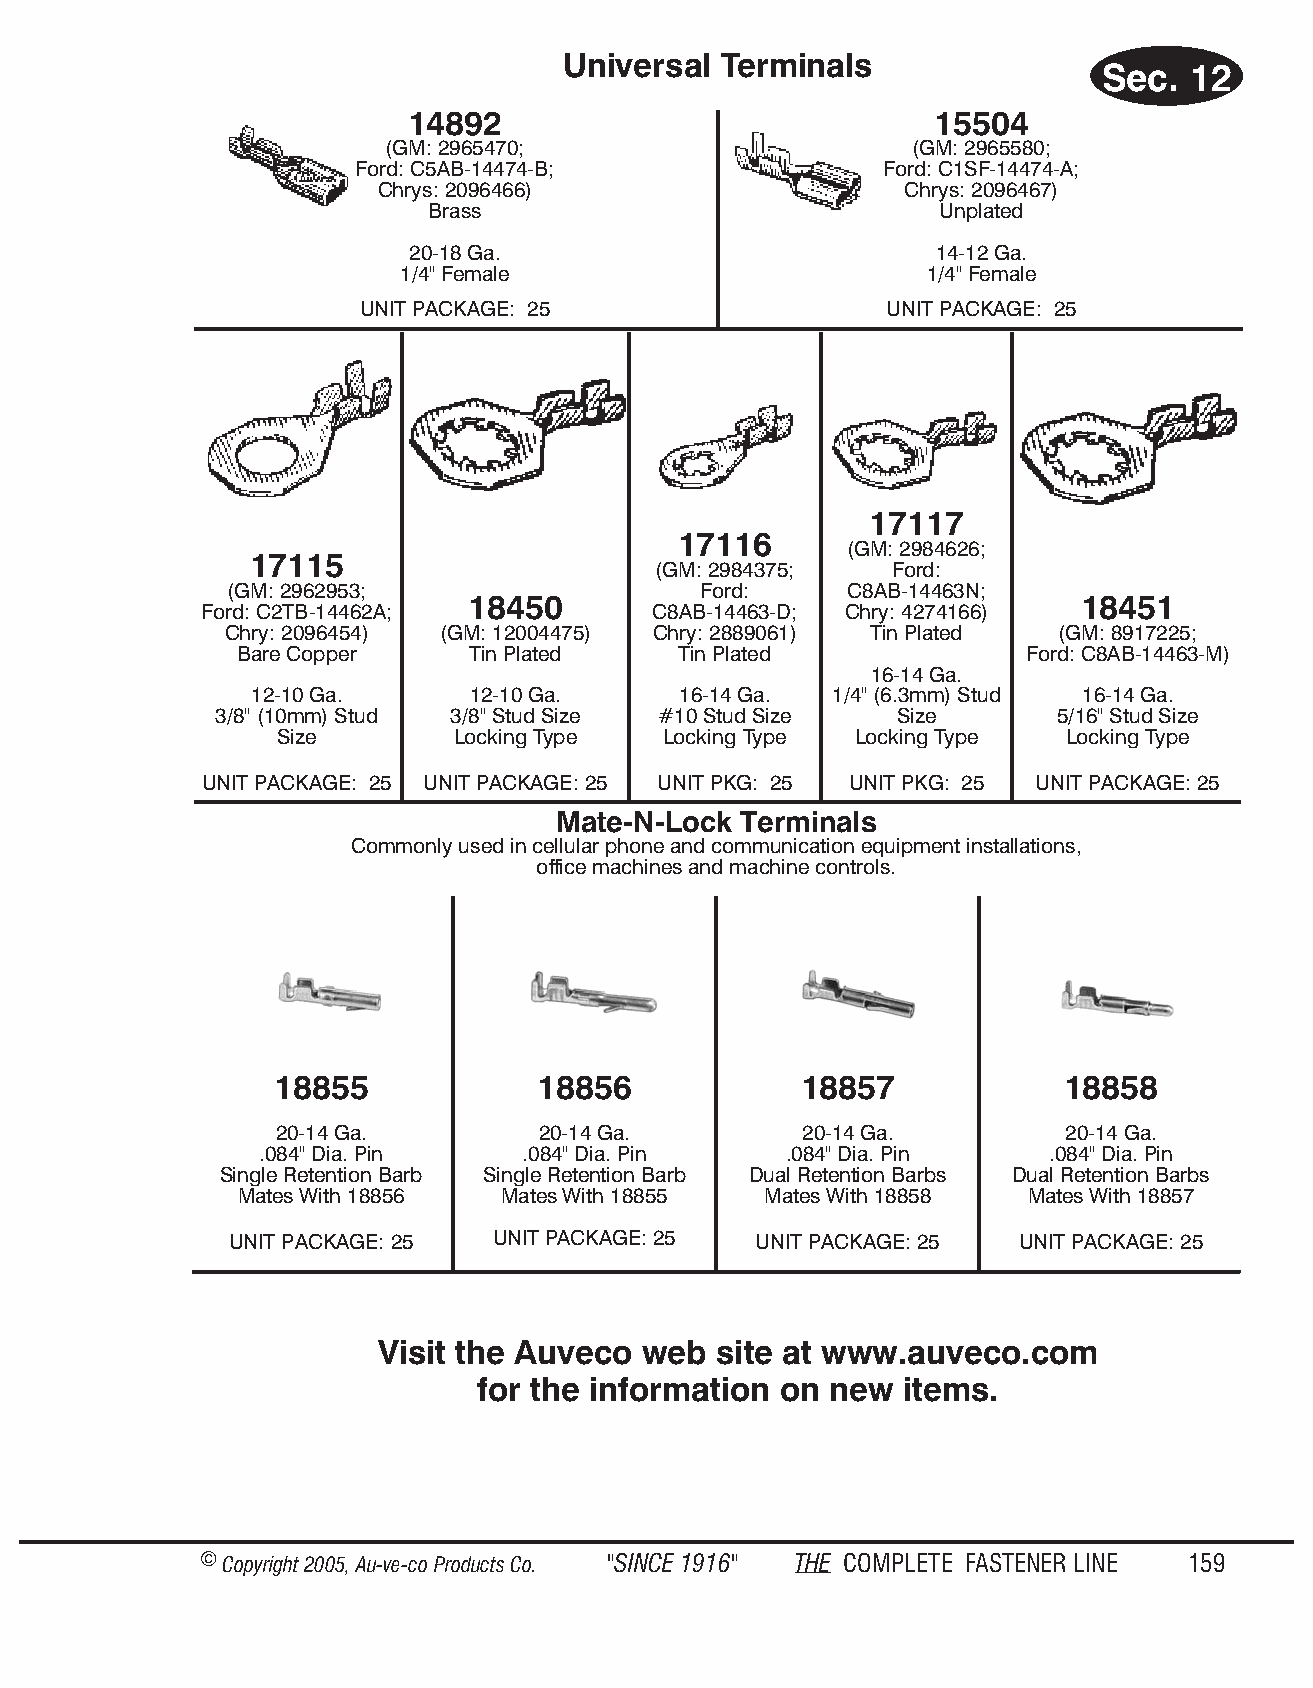
Uni ver sal Ter mi nals
 Sec.  12
 14892                              15504
 (GM: 2965470;                      (GM: 2965580;
 Ford: C5AB-14474-B;                Ford: C1SF-14474-A;
 Chrys: 2096466)                    Chrys: 2096467)
 Brass                            Unplated
 20-18 Ga.                          14-12 Ga.
 1/4" Female                        1/4" Female
 UNIT PACKAGE: 25                   UNIT PACKAGE: 25
 17117
 17116
 (GM: 2984626;
 17115
 (GM: 2984375;  Ford:
 (GM: 2962953;                   Ford:    C8AB-14463N;
 18450                                    18451
 Ford: C2TB-14462A;           C8AB-14463-D; Chry: 4274166)
 Chry: 2096454) (GM: 12004475) Chry: 2889061) Tin Plated (GM: 8917225;
 Bare Copper    Tin Plated    Tin Plated             Ford: C8AB-14463-M)
 16-14 Ga.
 12-10 Ga.     12-10 Ga.     16-14 Ga. 1/4" (6.3mm) Stud 16-14 Ga.
 3/8" (10mm) Stud 3/8" Stud Size #10 Stud Size Size      5/16" Stud Size
 Size       Locking Type  Locking Type Locking Type  Locking Type
 UNIT PACKAGE: 25 UNIT PACKAGE: 25 UNIT PKG: 25 UNIT PKG: 25 UNIT PACKAGE: 25
 Mate-N-Lock Ter mi nals
 Com monly used in cel lu lar phone and com mu ni ca tion equip ment in stal la tions,
 off ice mac hines and ma chine controls.
 18855             18856            18857             18858
 20-14 Ga.         20-14 Ga.        20-14 Ga.         20-14 Ga.
 .084" Dia. Pin    .084" Dia. Pin   .084" Dia. Pin    .084" Dia. Pin
 Single Retention Barb Single Retention Barb Dual Retention Barbs Dual Retention Barbs
 Mates With 18856 Mates With 18855  Mates With 18858 Mates With 18857
 UNIT PACKAGE: 25  UNIT PACKAGE: 25 UNIT PACKAGE: 25  UNIT PACKAGE: 25
 Visit the Auveco  web  site at www.auveco.com
 for the information on new  items.
 © Copyr ight 2005, Au-ve-co Produ cts Co. "SINCE 1916" THE COM PLETE FAST ENER LINE 159